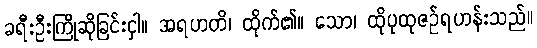
ခရီးဦးကြိုဆိုခြင်းငှါ။ အရဟတိ၊ ထိုက်၏။ သော၊ ထိုပုထုဇဉ်ရဟန်းသည်။